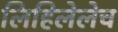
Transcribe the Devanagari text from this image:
लिहिलेलेच